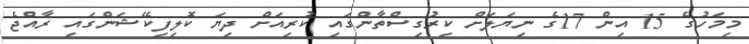
މިމަހުގެ 15 އިން 17ގެ ނިޔަލަށް ކިރުގިސްތާންގައި ކުރިއަށް ދިޔަ ކޮލިފިކޭޝަންގައި ރާއްޖެ